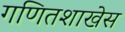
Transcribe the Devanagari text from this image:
गणितशाखेस